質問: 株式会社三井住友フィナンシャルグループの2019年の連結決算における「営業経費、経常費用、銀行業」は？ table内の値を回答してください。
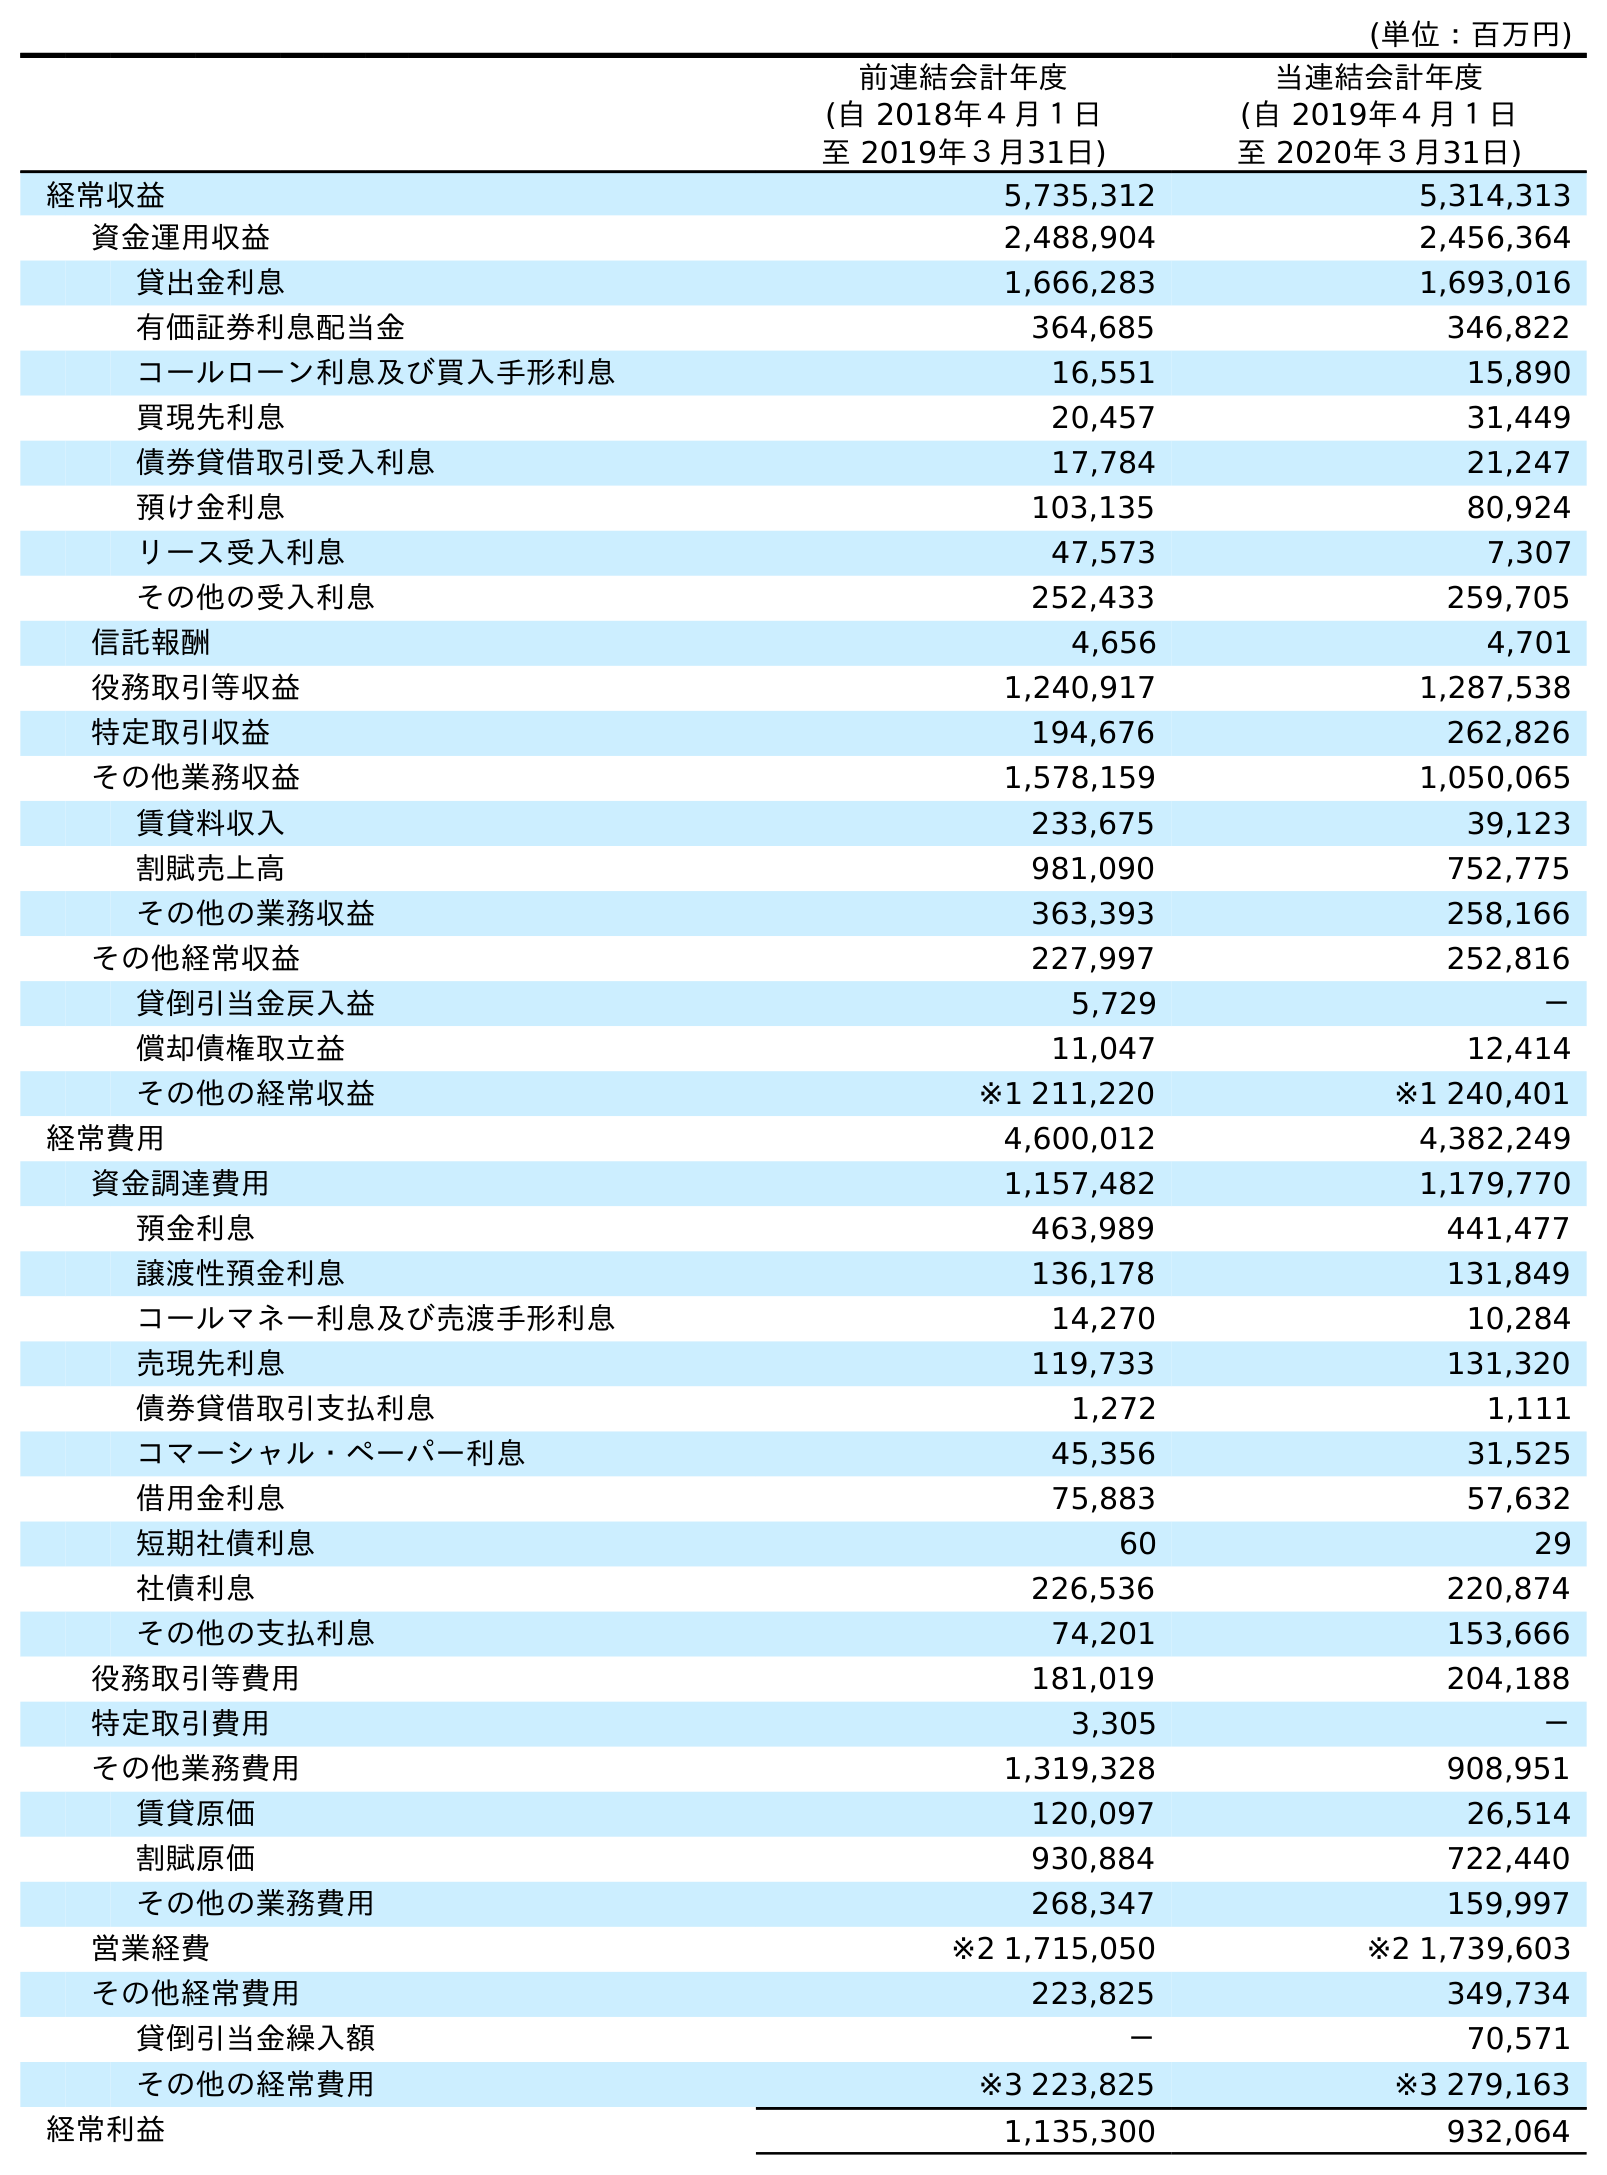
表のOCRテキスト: (単位：百万円) 前連結会計年度 (自 2018年４月１日 至 2019年３月31日) 当連結会計年度 (自 2019年４月１日 至 2020年３月31日) 経常収益 5,735,312 5,314,313 資金運用収益 2,488,904 2,456,364 貸出金利息 1,666,283 1,693,016 有価証券利息配当金 364,685 346,822 コールローン利息及び買入手形利息 16,551 15,890 買現先利息 20,457 31,449 債券貸借取引受入利息 17,784 21,247 預け金利息 103,135 80,924 リース受入利息 47,573 7,307 その他の受入利息 252,433 259,705 信託報酬 4,656 4,701 役務取引等収益 1,240,917 1,287,538 特定取引収益 194,676 262,826 その他業務収益 1,578,159 1,050,065 賃貸料収入 233,675 39,123 割賦売上高 981,090 752,775 その他の業務収益 363,393 258,166 その他経常収益 227,997 252,816 貸倒引当金戻入益 5,729 － 償却債権取立益 11,047 12,414 その他の経常収益 ※1 211,220 ※1 240,401 経常費用 4,600,012 4,382,249 資金調達費用 1,157,482 1,179,770 預金利息 463,989 441,477 譲渡性預金利息 136,178 131,849 コールマネー利息及び売渡手形利息 14,270 10,284 売現先利息 119,733 131,320 債券貸借取引支払利息 1,272 1,111 コマーシャル・ペーパー利息 45,356 31,525 借用金利息 75,883 57,632 短期社債利息 60 29 社債利息 226,536 220,874 その他の支払利息 74,201 153,666 役務取引等費用 181,019 204,188 特定取引費用 3,305 － その他業務費用 1,319,328 908,951 賃貸原価 120,097 26,514 割賦原価 930,884 722,440 その他の業務費用 268,347 159,997 営業経費 ※2 1,715,050 ※2 1,739,603 その他経常費用 223,825 349,734 貸倒引当金繰入額 － 70,571 その他の経常費用 ※3 223,825 ※3 279,163 経常利益 1,135,300 932,064
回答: ※21,715,050